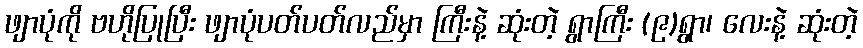
ဖျာပုံကို ဗဟိုပြုပြီး ဖျာပုံပတ်ပတ်လည်မှာ ကြီးနဲ့ ဆုံးတဲ့ ရွာကြီး (၉)ရွာ၊ လေးနဲ့ ဆုံးတဲ့